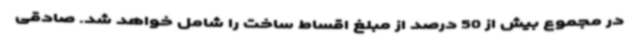
در مجموع بیش از 50 درصد از مبلغ اقساط ساخت را شامل خواهد شد. صادقی